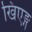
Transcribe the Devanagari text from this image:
खिएङ्ग